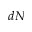
d N